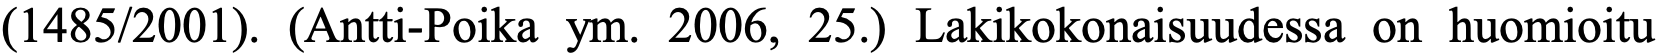
(1485/2001). (Antti-Poika ym. 2006, 25.) Lakikokonaisuudessa on huomioitu